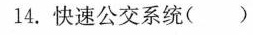
l4. 快速公交系统( )